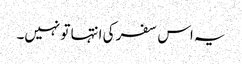
یہ اس سفر کی انتہا تو نہیں۔